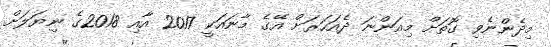
މިދެންނެވި ގޮތަށް މިއަންނަ ދެއަހަރަށް އޭގެ މާނައަކީ 2017 އާއި 2018ގެ ނިޔަލަށް